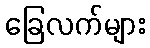
ခြေလက်များ